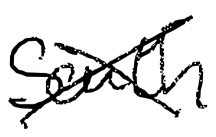
Text: South
Cross-out: cross
Writing tool: digital_black